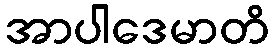
အာပါဒေမာတိ